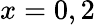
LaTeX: x=0,2